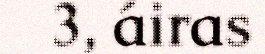
3, áiras